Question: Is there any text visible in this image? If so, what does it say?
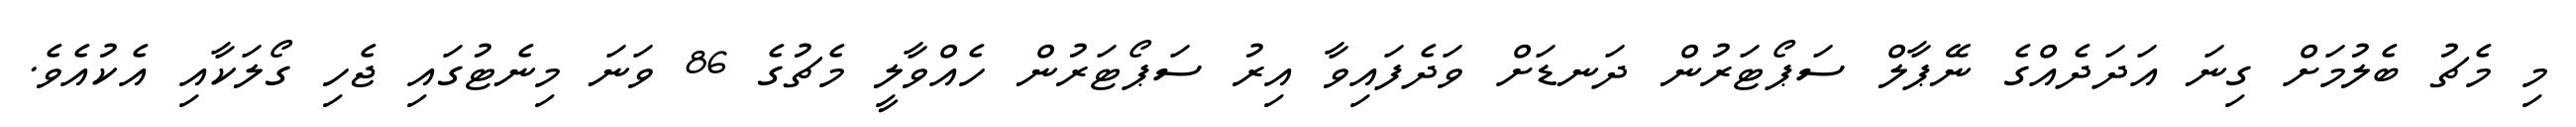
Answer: މި މެޗު ބެލުމަށް ގިނަ އަދަދެއްގެ ނޭޕާލް ސަޕޯޓަރުން ދަނޑަށް ވަދެފައިވާ އިރު ސަޕޯޓަރުން ހެއްވާލީ މެޗުގެ 86 ވަނަ މިނެޓުގައި ޖެހި ގޯލަކާއި އެކުއެވެ.